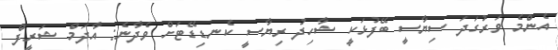
އެންމެ ވަރުގަދަ ސިޔާސީ ބޭފުޅަކީ ޝާހިދު ރިޔާސީ ކެނޑިޑޭޓަށް ވެދާނެ: އާދަމް ޝަރީފް